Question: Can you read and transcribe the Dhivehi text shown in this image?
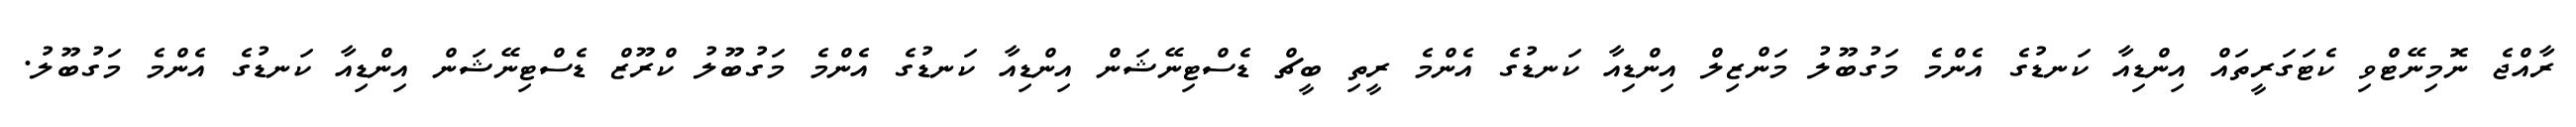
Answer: ރާއްޖެ ނޮމިނޭޓްވި ކެޓަގަރީތައް އިންޑިއާ ކަނޑުގެ އެންމެ މަގުބޫލު މަންޒިލް އިންޑިއާ ކަނޑުގެ އެންމެ ރީތި ބީޗް ޑެސްޓިނޭޝަން އިންޑިއާ ކަނޑުގެ އެންމެ މަގުބޫލު ކްރޫޒް ޑެސްޓިނޭޝަން އިންޑިއާ ކަނޑުގެ އެންމެ މަގުބޫލު.